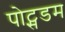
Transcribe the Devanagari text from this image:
पोट्सडम